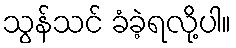
သွန်သင် ခံခဲ့ရလို့ပါ။